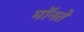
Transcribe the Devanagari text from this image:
मॉनते